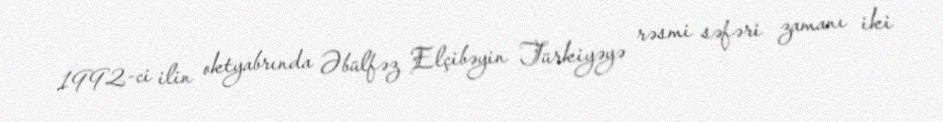
1992-ci ilin oktyabrında Əbülfəz Elçibəyin Türkiyəyə rəsmi səfəri zamanı iki